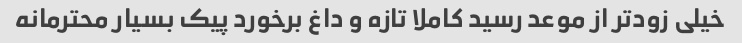
خیلی زودتر از موعد رسید کاملا تازه و داغ برخورد پیک بسیار محترمانه